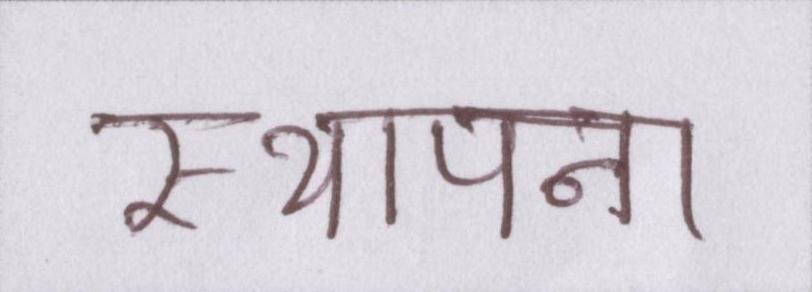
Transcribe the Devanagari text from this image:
स्थापना